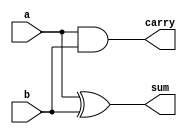
///////DESIGN SOURCE//////////////

module half_adder(a,b,sum,carry);
input a,b;
output sum,carry;

assign sum=a^b;
assign carry=a&b;

endmodule